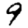
Digit: 9